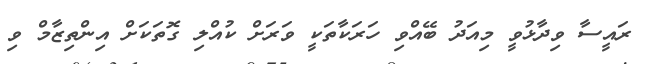
ރައީސާ ވިދާޅުވީ މިއަދު ބޭއްވި ހަރަކާތަކީ ވަރަށް ކުއްލި ގޮތަކަށް އިންތިޒާމް ވި